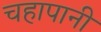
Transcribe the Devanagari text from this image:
चहापानी